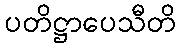
ပတိဋ္ဌာပေသီတိ